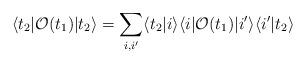
LaTeX: \begin{align*}\langle t_2|{\cal O}(t_1)|t_2\rangle = \sum_{i,i'} \langle t_2|i\rangle\langle i|{\cal O}(t_1)|i'\rangle\langle i'|t_2\rangle\end{align*}